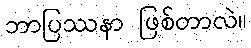
ဘာပြဿနာ ဖြစ်တာလဲ။